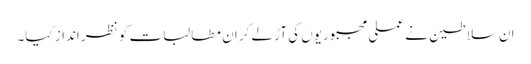
ان سلاطین نے عملی مجبوریوں کی آڑ لے کر ان مطالبات کو نظر انداز کیا۔